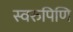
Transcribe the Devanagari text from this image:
स्वरुपिणि